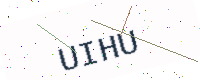
Text: UIHU